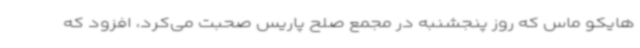
هایکو ماس که روز پنجشنبه در مجمع صلح پاریس صحبت می‌کرد، افزود که